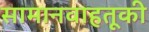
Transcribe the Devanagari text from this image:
सामानवाहतूकी